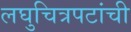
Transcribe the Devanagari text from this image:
लघुचित्रपटांची